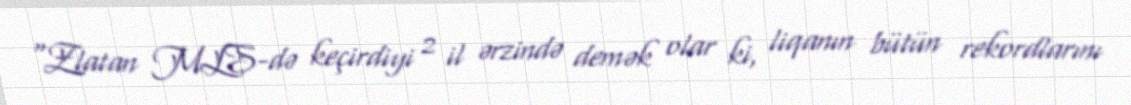
“Zlatan MLS-də keçirdiyi 2 il ərzində demək olar ki, liqanın bütün rekordlarını